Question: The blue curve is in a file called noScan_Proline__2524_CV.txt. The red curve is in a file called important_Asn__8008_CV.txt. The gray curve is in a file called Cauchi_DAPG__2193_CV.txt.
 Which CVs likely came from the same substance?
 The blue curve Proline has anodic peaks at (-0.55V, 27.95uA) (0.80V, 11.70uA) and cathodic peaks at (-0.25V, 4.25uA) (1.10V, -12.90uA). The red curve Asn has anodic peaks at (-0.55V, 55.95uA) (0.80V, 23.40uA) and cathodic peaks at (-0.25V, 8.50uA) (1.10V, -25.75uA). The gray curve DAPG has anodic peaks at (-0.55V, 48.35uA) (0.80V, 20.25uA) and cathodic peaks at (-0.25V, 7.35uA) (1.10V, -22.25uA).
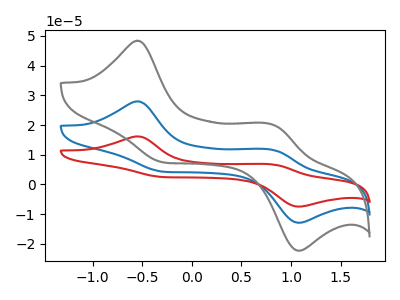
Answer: <think>All the peaks in "Proline" have a peak in "Asn" at the same potential. All the peaks in "Proline" have a peak in "DAPG" at the same potential. All the peaks in "Asn" have a peak in "DAPG" at the same potential.
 </think>
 <answer>"DAPG", "Proline" and "Asn" have the same shape and are likely CV's of the same chemical.</answer>
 <eval>"DAPG" "Proline" "Asn"</eval>